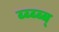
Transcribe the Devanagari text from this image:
ब्ब्ब्ब्ब्